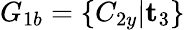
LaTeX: G_{1b}=\{ C_{2y}|\mathbf{t}_{3}\}